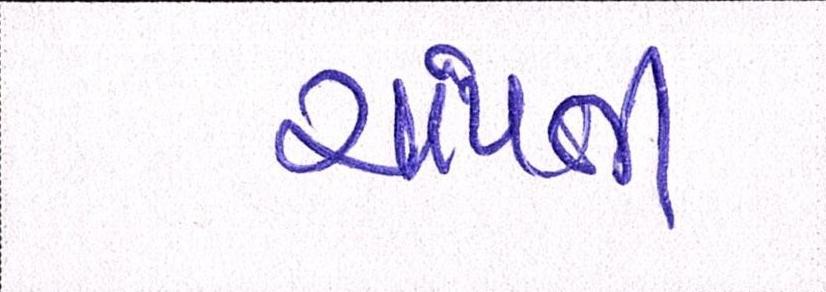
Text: ચાંપતી